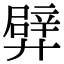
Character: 𨐢